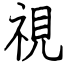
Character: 視